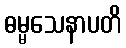
ဓမ္မသေနာပတိ